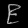
Digit: ၉